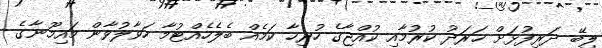
ލިބޭ ދަރިފުޅަށް ޚަރަދު ކުރުމާއި ކުއްޖާގެ ހުރިހާ ކަމެއް ބެލެހެއްޓުމާ ހަވާލުވާން މައިމޫނާގެ